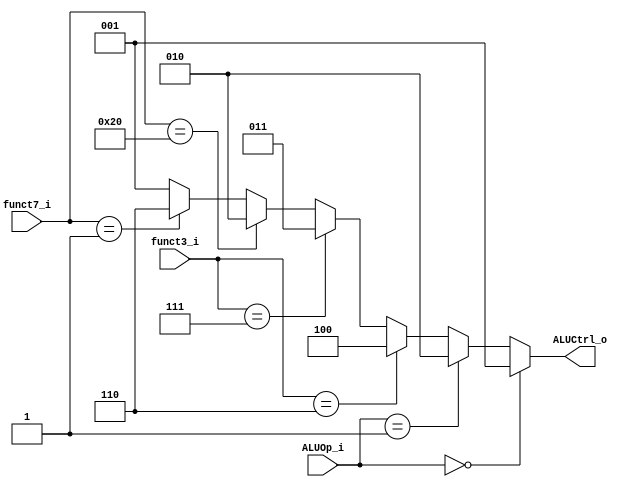
module ALU_Control
(
    funct7_i  ,
    funct3_i  ,
    ALUOp_i   ,
    ALUCtrl_o
);

input   [6:0]  	funct7_i;
input	[2:0]	funct3_i;
input   [1:0]	ALUOp_i;
output  [2:0]   ALUCtrl_o;



reg [2:0]  	tmp_ALUCtrl;

	always@(funct7_i or funct3_i or ALUOp_i) begin


		if (ALUOp_i==2'b00) begin 	//ld , sd 
			tmp_ALUCtrl=3'b001;  	//add
		end
		
		else if (ALUOp_i==2'b01) begin 	// beq
			tmp_ALUCtrl=3'b010; 		//sub
		end
		
		else begin 					//R-type
			if (funct3_i==3'b110)
				tmp_ALUCtrl<=3'b100; //or
			else if (funct3_i==3'b111)
			 	tmp_ALUCtrl<=3'b011; //and
			else if (funct7_i==7'b0100000)
				tmp_ALUCtrl<=3'b010; //sub
			else if (funct7_i==7'b0000001)
				tmp_ALUCtrl<=3'b110; //mul
			else 
				tmp_ALUCtrl<=3'b001; //add
		end
	end
assign ALUCtrl_o=tmp_ALUCtrl;

endmodule